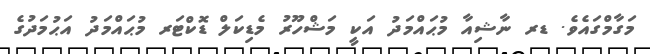
މަގާމްގައެވެ. ޑރ ނާޝިއާ މުޙައްމަދު އަކީ މަޝްހޫރު މެޑިކަލް ޑޮކްޓަރ މުޙައްމަދު އަޙުމަދުގެ